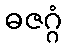
ဓဇဂ္ဂံ